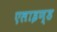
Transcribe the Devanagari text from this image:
एलाइण्ड